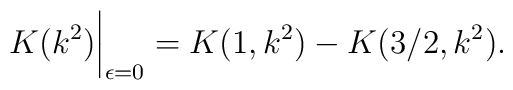
K(k^2) \bigg|_{\epsilon=0}  = K(1, k^2) - K(3/2, k^2).